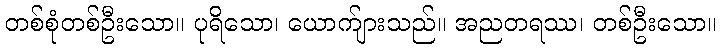
တစ်စုံတစ်ဦးသော။ ပုရိသော၊ ယောက်ျားသည်။ အညတရဿ၊ တစ်ဦးသော။